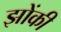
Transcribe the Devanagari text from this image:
झोंकी